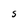
Character: S